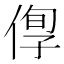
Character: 𠊫